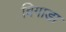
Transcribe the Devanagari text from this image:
बिगाडा